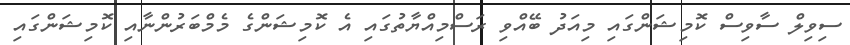
ސިވިލް ސާވިސް ކޮމިޝަންގައި މިއަދު ބޭއްވި ރަސްމިއްޔާތުގައި އެ ކޮމިޝަންގެ މެމްބަރުންނާއި ކޮމިޝަންގައި